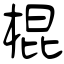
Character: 棍